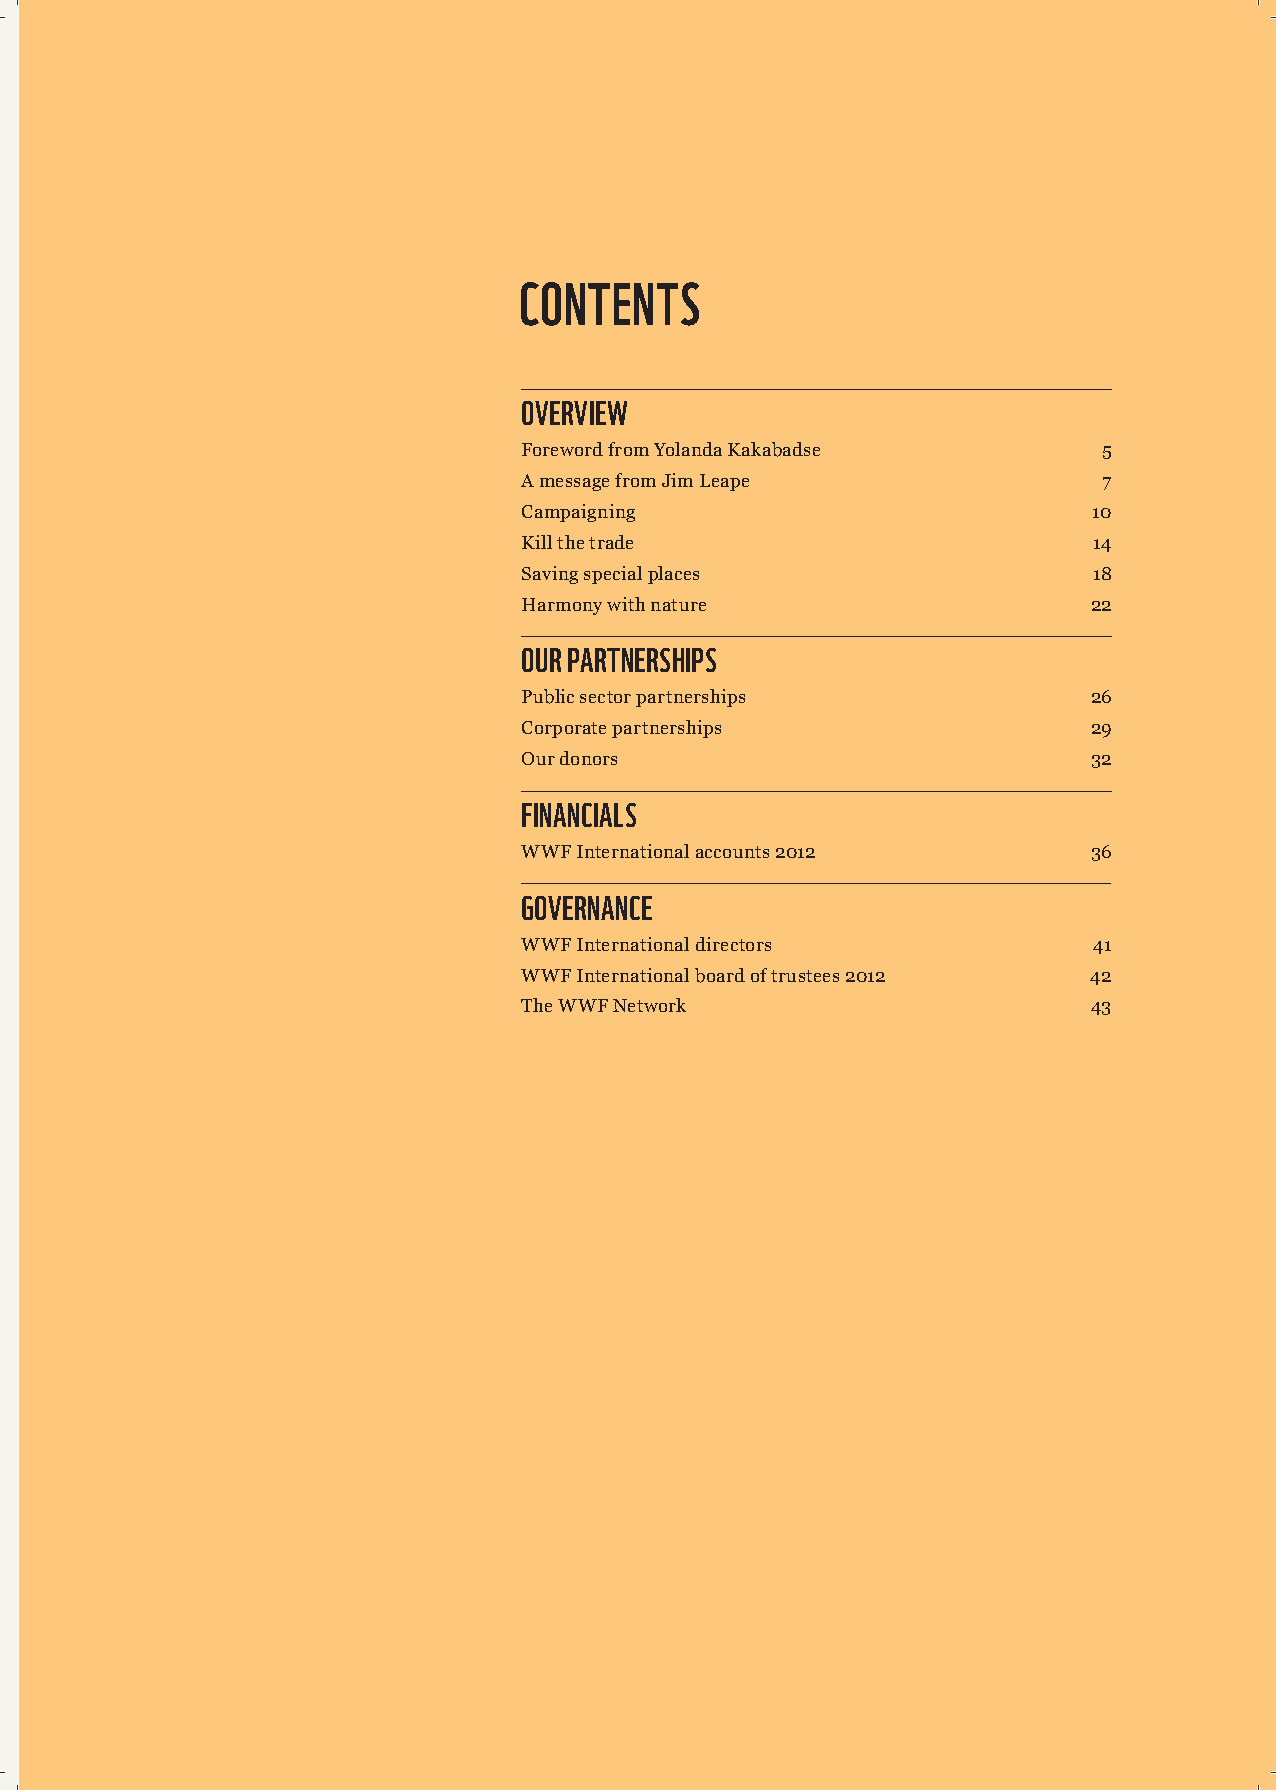
CONTENTS
 OVERVIEW
 ForewordfromYolandaKakabadse           5
 AmessagefromJimLeape                   7
 Campaigning                           10
 Killthetrade                          14
 Savingspecialplaces                   18
 Harmonywithnature                     22
 OURPARTNERSHIPS
 Publicsectorpartnerships              26
 Corporatepartnerships                 29
 Ourdonors                             32
 FINANCIALS
 WWFInternationalaccounts2012          36
 GOVERNANCE
 WWFInternationaldirectors             41
 WWFInternationalboardoftrustees2012   42
 TheWWFNetwork                         43
 WWF-INTAnnualReview2012page3